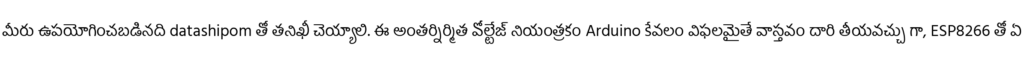
మీరు ఉపయోగించబడినది datashipom తో తనిఖీ చెయ్యాలి. ఈ అంతర్నిర్మిత వోల్టేజ్ నియంత్రకం Arduino కేవలం విఫలమైతే వాస్తవం దారి తీయవచ్చు గా, ESP8266 తో ఏ